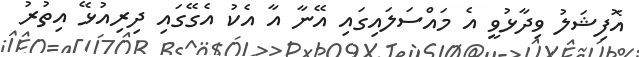
އޮފިޝަލު ވިދާޅުވީ އެ މައްސަލައިގައި އޭނާ އާ އެކު އެގޭގައި ދިރިއުޅޭ އިތުރު